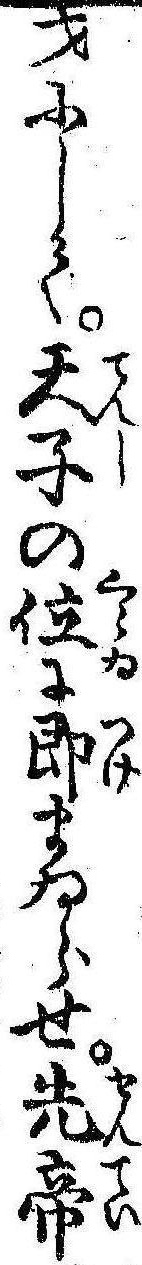
才にして天子の位に即まゐらせ先帝